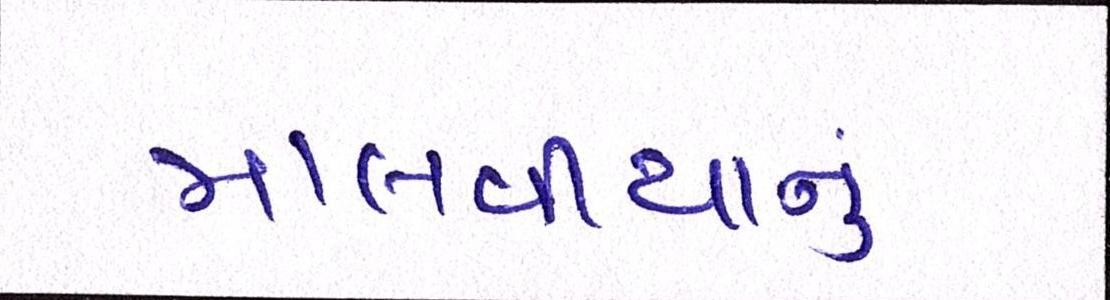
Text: માલવીયાનું